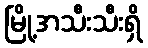
မြို့အသီးသီးရှိ